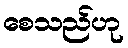
စေသည်ဟု